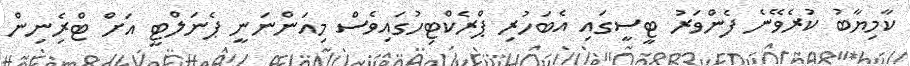
ކާމިޔާބު ކުރެވޭނެ ފެންވަރު ޓީސީގައި އެބަހުރި ޕްރެކްޓިހުގައިވެސް މިއަންނަނީ ޕެނަލްޓީ އަށް ޓްރެިނިން